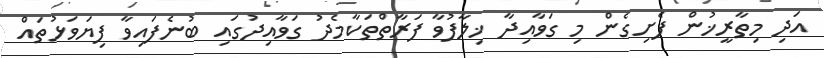
އަދި މިތާރީޚުން ފެށިގެން މި ގަވާއިދާ ޚިލާފުވާ ފަރާތްތަކާމެދު ގަވާއިދުގައި ބުނެފައިވާ ފިޔަވަޅުތައް